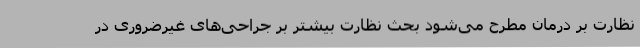
نظارت بر درمان مطرح می‌شود بحث نظارت بیشتر بر جراحی‌های غیرضروری در